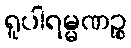
ရူပါရမ္မဏဉ္စ